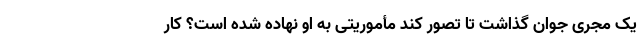
یک مجری جوان گذاشت تا تصور کند مأموریتی به او نهاده شده است؟ کار